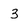
Character: 3